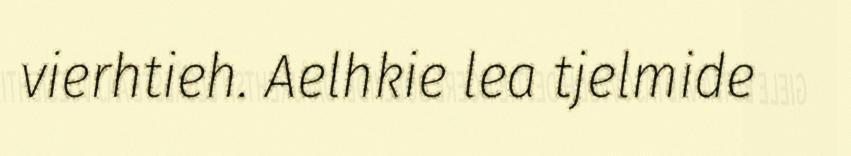
vierhtieh. Aelhkie lea tjelmide